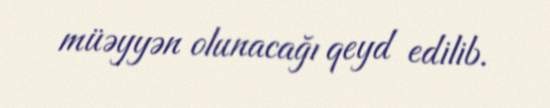
müəyyən olunacağı qeyd edilib.